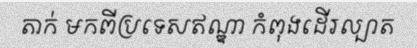
តាក់ មកពីប្រទេសឥណ្ឌា កំពុងដើរល្បាត